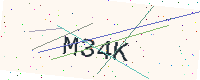
Text: M34K